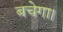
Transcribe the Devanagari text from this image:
बचेगा।